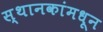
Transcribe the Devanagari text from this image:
स्थानकांमधून